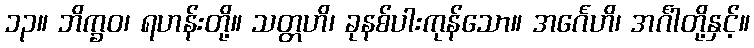
၁၃။ ဘိက္ခဝ၊ ရဟန်းတို့။ သတ္တဟိ၊ ခုနစ်ပါးကုန်သော။ အင်္ဂေဟိ၊ အင်္ဂါတို့နှင့်။